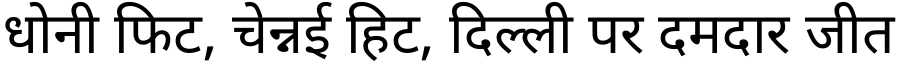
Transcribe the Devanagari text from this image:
धोनी फिट, चेन्नई हिट, दिल्ली पर दमदार जीत